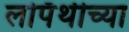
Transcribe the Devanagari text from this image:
लोपॅथीच्या